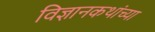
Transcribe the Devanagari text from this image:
विज्ञानकथांच्या